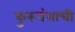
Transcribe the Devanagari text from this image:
कुरुवंशाची